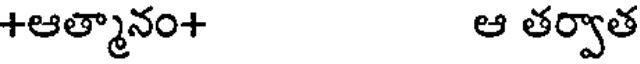
+ఆత్మానం+ ఆ తర్వాత